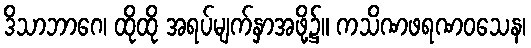
ဒိသာဘာဂေ၊ ထိုထို အရပ်မျက်နှာအဖို့၌။ ကသိဏဖရဏဝသေန၊